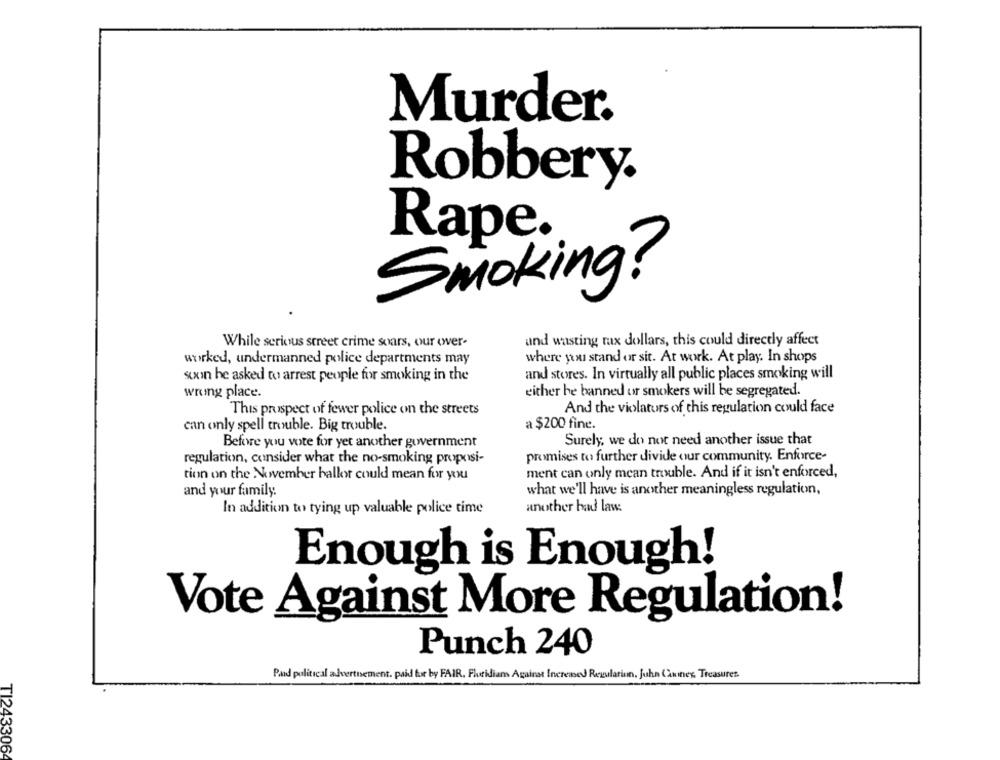
Murder.
Robbery.
Rape.
Smoking?
and wasting rax dollars, this could directly affect
While serious street crime soars, our over-
where you stand or sit. At work. At play. In shops
worked, undermanned police departments may
soon he asked to arrest people for smoking in the
and stores. In virtually all public places smoking will
wrong place.
either be banned or smokers will be segregated.
This prospect of fewer police on the streets
And the violators of this regulation could face
can only spell trouble. Big trouble.
a $200 fine.
Surely, we do not need another issue that
Before you vote for yet another government
regulation, consider what the no-smoking proposi-
promises to further divide our community. Enforce-
tion on the November ballot could mean for you
ment can only mean trouble. And if it isn't enforced,
and your family.
what we'll have is another meaningless regulation,
another bad law.
In addition to tying up valuable police time
Enough is Enough!
Vote Against More Regulation!
Punch 240
Pand political advertisement. paid for by FAIR. Fluridians Against Increased Regularinn, Juhn Canines, Treasures.
TI243306